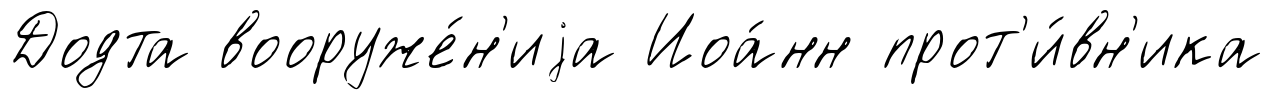
Додта вооруже́н'иjа Иоа́нн прот'и́вн'ика